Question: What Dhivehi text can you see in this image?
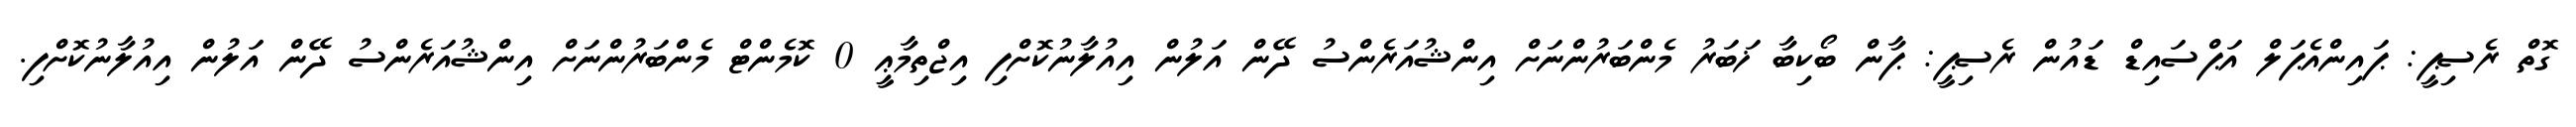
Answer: ގޮތް ރެސިޕީ: ޕައިންއެޕަލް އަޕްސައިޑް ޑައުން ރެސިޕީ: ޕާން ބޯކިބާ ޚަބަރު މެންބަރުންނަށް އިންޝުއަރެންސު ދޭން އަލުން އިއުލާނުކޮށްފި އިޖްތިމާޢީ 0 ކޮމެންޓް މެންބަރުންނަށް އިންޝުއަރެންސު ދޭން އަލުން އިއުލާނުކޮށްފި.